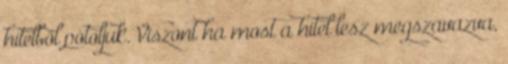
hitelből pótoljuk. Viszont ha most a hitel lesz megszavazva,